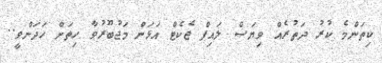
ކިތަންމެ ކުރު ދަތުރެއް ވިޔަސް ލައިފް ޖެކެޓް އަޅަން މަޖުބޫރުވާ ހިތަށް ހަދަންވީ..